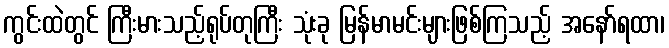
ကွင်းထဲတွင် ကြီးမားသည့်ရုပ်တုကြီး သုံးခု မြန်မာမင်းများဖြစ်ကြသည့် အနော်ရထာ၊